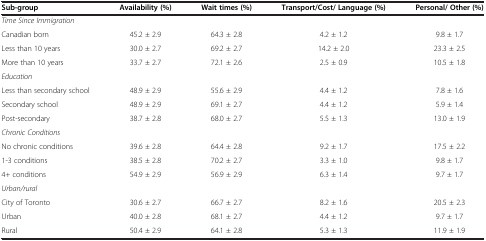
| Sub-group | Availability (%) | Wait times (%) | Transport/Cost/ Language (%) | Personal/ Other (%) |
 | --- | --- | --- | --- | --- |
 | Time Since Immigration |  |  |  |  |
 | Canadian born | 45.2 ± 2.9 | 64.3 ± 2.8 | 4.2 ± 1.2 | 9.8 ± 1.7 |
 | Less than 10 years | 30.0 ± 2.7 | 69.2 ± 2.7 | 14.2 ± 2.0 | 23.3 ± 2.5 |
 | More than 10 years | 33.7 ± 2.7 | 72.1 ± 2.6 | 2.5 ± 0.9 | 10.5 ± 1.8 |
 | Education |  |  |  |  |
 | Less than secondary school | 48.9 ± 2.9 | 55.6 ± 2.9 | 4.4 ± 1.2 | 7.8 ± 1.6 |
 | Secondary school | 48.9 ± 2.9 | 69.1 ± 2.7 | 4.4 ± 1.2 | 5.9 ± 1.4 |
 | Post-secondary | 38.7 ± 2.8 | 68.0 ± 2.7 | 5.5 ± 1.3 | 13.0 ± 1.9 |
 | Chronic Conditions |  |  |  |  |
 | No chronic conditions | 39.6 ± 2.8 | 64.4 ± 2.8 | 9.2 ± 1.7 | 17.5 ± 2.2 |
 | 1-3 conditions | 38.5 ± 2.8 | 70.2 ± 2.7 | 3.3 ± 1.0 | 9.8 ± 1.7 |
 | 4+ conditions | 54.9 ± 2.9 | 56.9 ± 2.9 | 6.3 ± 1.4 | 9.7 ± 1.7 |
 | Urban/rural |  |  |  |  |
 | City of Toronto | 30.6 ± 2.7 | 66.7 ± 2.7 | 8.2 ± 1.6 | 20.5 ± 2.3 |
 | Urban | 40.0 ± 2.8 | 68.1 ± 2.7 | 4.4 ± 1.2 | 9.7 ± 1.7 |
 | Rural | 50.4 ± 2.9 | 64.1 ± 2.8 | 5.3 ± 1.3 | 11.9 ± 1.9 |